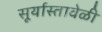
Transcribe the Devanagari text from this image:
सूर्यास्तावेळी